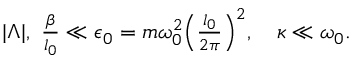
\begin{array} { r } { | \Lambda | , \ \frac { \beta } { l _ { 0 } } \ll \epsilon _ { 0 } = m \omega _ { 0 } ^ { 2 } \Big ( \frac { l _ { 0 } } { 2 \pi } \Big ) ^ { 2 } , \ \ \ \kappa \ll \omega _ { 0 } . } \end{array}